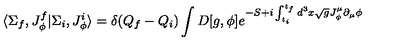
\langle \Sigma _ { f } , J _ { \phi } ^ { f } \vert \Sigma _ { i } , J _ { \phi } ^ { i } \rangle = \delta ( Q _ { f } - Q _ { i } ) \int D [ g , \phi ] { e ^ { - S + i \int _ { t _ { i } } ^ { t _ { f } } d ^ { 3 } x \sqrt { g } J _ { \phi } ^ { \mu } \partial _ { \mu } \phi } }